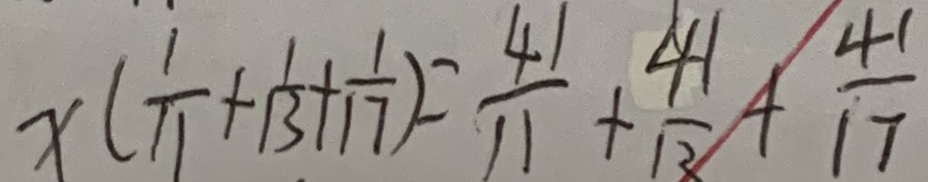
x ( \frac { 1 } { 1 1 } + \frac { 1 } { 1 3 } + \frac { 1 } { 1 7 } ) = \frac { 4 1 } { 1 1 } + \frac { 4 1 } { 1 3 } + \frac { 4 1 } { 1 7 }